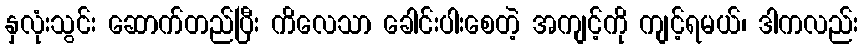
နှလုံးသွင်း ဆောက်တည်ပြီး ကိလေသာ ခေါင်းပါးစေတဲ့ အကျင့်ကို ကျင့်ရမယ်၊ ဒါကလည်း